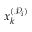
x _ { k } ^ { ( \mathcal { P } _ { i } ) }